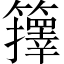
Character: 籜